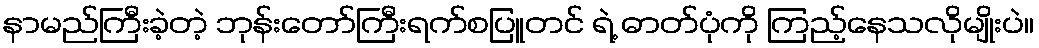
နာမည်ကြီးခဲ့တဲ့ ဘုန်းတော်ကြီးရက်စပြူတင် ရဲ့ ဓာတ်ပုံကို ကြည့်နေသလိုမျိုးပဲ။